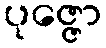
ပုဇ္ဇော